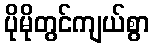
ပိုမိုတွင်ကျယ်စွာ